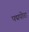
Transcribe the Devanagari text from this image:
पद्मपोरा